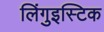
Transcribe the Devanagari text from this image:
लिंगुइस्टिक